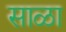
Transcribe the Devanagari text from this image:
साळा